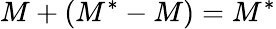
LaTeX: M+(M^{*}-M)=M^{*}